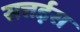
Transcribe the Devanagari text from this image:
सत्तईस